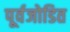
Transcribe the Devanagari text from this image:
पूर्वजोडित